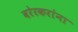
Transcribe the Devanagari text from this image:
वरेरकरांना